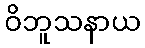
ဝိဘူသနာယ